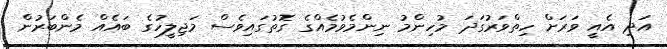
އަދި އެއީ ވަރަށް ހިތްވަރުގަދަ މުހިންމު ނިންމެވުމެއްގެ ގޮތުގައިވެސް މަޖިލީހުގެ ބައެއް މެންބަރުން